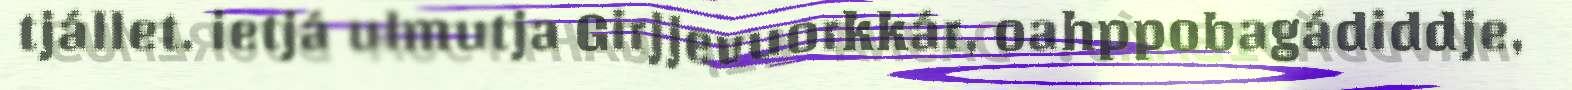
tjállet. ietjá ulmutja Girjjevuorkkár, oahppobagádiddje,